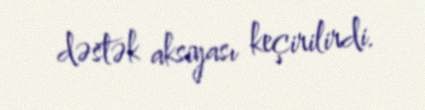
dəstək aksiyası keçirilirdi.